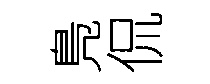
鳬侃